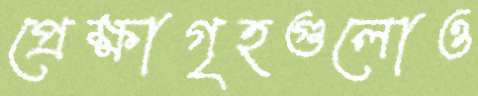
প্রেক্ষাগৃহগুলোও